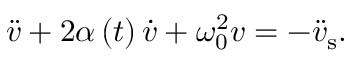
\ddot { v } + 2 \alpha \left( t \right) \dot { v } + \omega _ { 0 } ^ { 2 } v = - \ddot { v } _ { \mathrm { s } } .